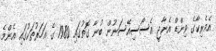
އެމެރިކާގެ ވިންޑް އެނާޖީ އެސޯސިއޭސަނުން ބުނާ ގޮތުގައި 1980 ގެ އަހަރުތަކުގައި އެންމެ